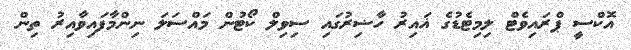
އޮކްސީ ޕްރައިވެޓް ލިމިޓެޑުގެ ޣައިރު ހާޟިރުގައި ސިވިލް ކޯޓުން މައްސަލަ ނިންމާފައިވާއިރު ތިން